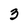
Character: 3